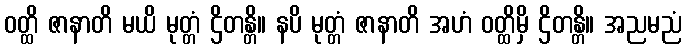
ဝတ္ထိ ဇာနာတိ မယိ မုတ္တံ ဌိတန္တိ။ နပိ မုတ္တံ ဇာနာတိ အဟံ ဝတ္ထိမှိ ဌိတန္တိ။ အညမညံ